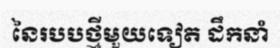
នៃរបបថ្មីមួយទៀត ដឹកនាំ